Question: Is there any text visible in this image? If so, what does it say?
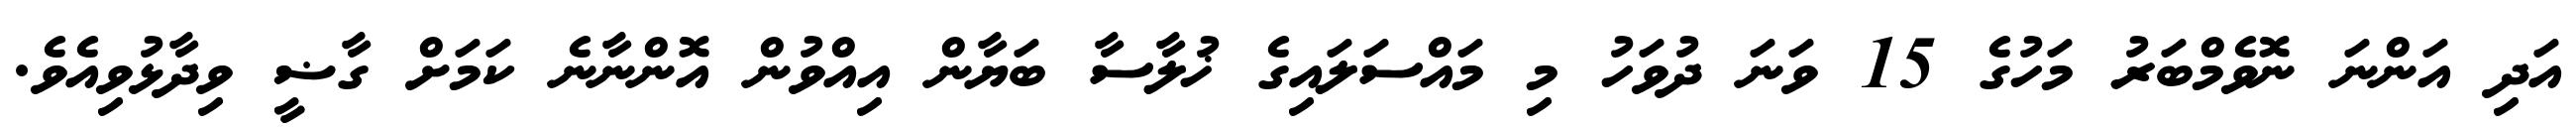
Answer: އަދި އަންނަ ނޮވެމްބަރު މަހުގެ 15 ވަނަ ދުވަހު މި މައްސަލައިގެ ޚުލާސާ ބަޔާން އިއްވުން އޮންނާނެ ކަމަށް ގާޟީ ވިދާޅުވިއެވެ.